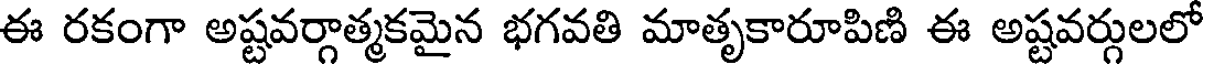
ఈ రకంగా అష్టవర్గాత్మకమైన భగవతి మాతృకారూపిణి ఈ అష్టవర్గులలో